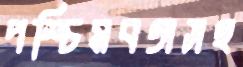
পশ্চিমবঙ্গসহ